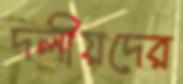
দলীয়দের